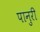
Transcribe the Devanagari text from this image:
पानुरी